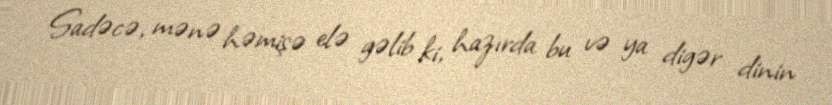
Sadəcə, mənə həmişə elə gəlib ki, hazırda bu və ya digər dinin